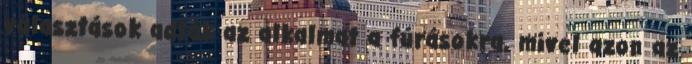
választások adták az alkalmat a fúrásokra, mivel azon az